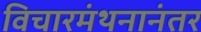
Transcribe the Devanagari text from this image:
विचारमंथनानंतर